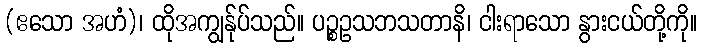
(ဧသော အဟံ)၊ ထိုအကျွန်ုပ်သည်။ ပဉ္စဥသဘသတာနိ၊ ငါးရာသော နွားငယ်တို့ကို။